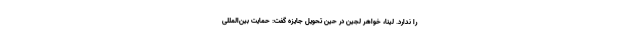
را ندارد. لینا، خواهر لجین در حین تحویل جایزه گفت: حمایت بین‌المللی